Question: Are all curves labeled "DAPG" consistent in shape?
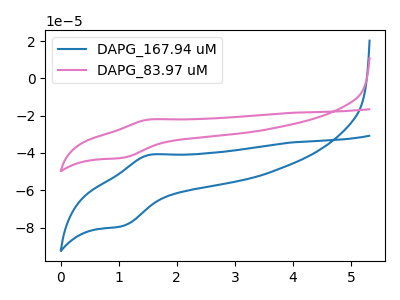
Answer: <think>The blue curve "DAPG_167.94 uM" has an anodic peak at (1.55V, -41.00uA) and a cathodic peak at (1.05V, -79.20uA). The pink curve "DAPG_83.97 uM" has an anodic peak at (1.55V, -22.05uA) and a cathodic peak at (1.05V, -42.60uA).
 All the peaks in "DAPG_167.94 uM" have a peak in "DAPG_83.97 uM" at the same potential.</think>
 <answer>All the CV's of "DAPG" have similar shape.</answer>
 <eval>follow_rule</eval>